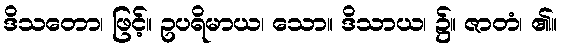
ဒိသတော၊ ဖြင့်။ ဥပရိမာယ၊ သော။ ဒိသာယ၊ ၌။ ဇာတံ၊ ၏။